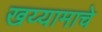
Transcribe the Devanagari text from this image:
खय्यामाचे